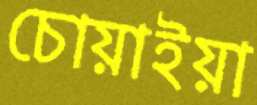
চোয়াইয়া